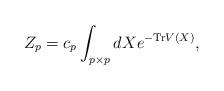
LaTeX: \begin{align*}Z_{p}=c_{p}\int_{p\times p}dX e^{-{\rm Tr}V(X)},\end{align*}